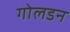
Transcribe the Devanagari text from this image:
गोलडन